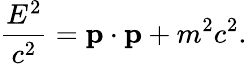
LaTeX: {\frac{E^{2}}{c^{2}}}=\mathbf{p}\cdot\mathbf{p}+m^{2}c^{2}.